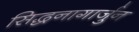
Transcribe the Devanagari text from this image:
सिद्धनागार्जुन